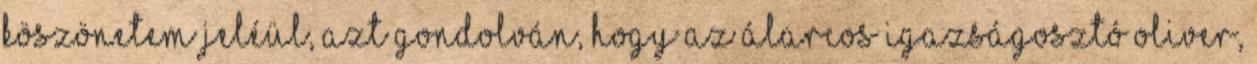
Köszönetem jeléül, azt gondolván, hogy az álarcos igazságosztó Oliver,